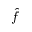
\hat { f }